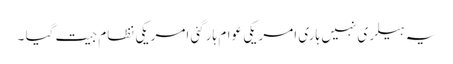
یہ ہیلری نہیں ہاری امریکی عوام ہارگئی امریکی نظام جیت گیا ۔